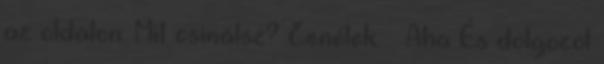
az oldalon. Mit csinálsz? Zenélek. – Aha És dolgozol